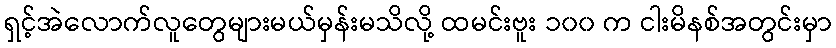
ရှင့်အဲလောက်လူတွေများမယ်မှန်းမသိလို့ ထမင်းဗူး ၁၀၀ က ငါးမိနစ်အတွင်းမှာ